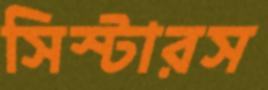
সিস্টারস